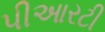
પીઆરટી